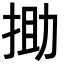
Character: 𢭟